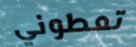
تعطوني